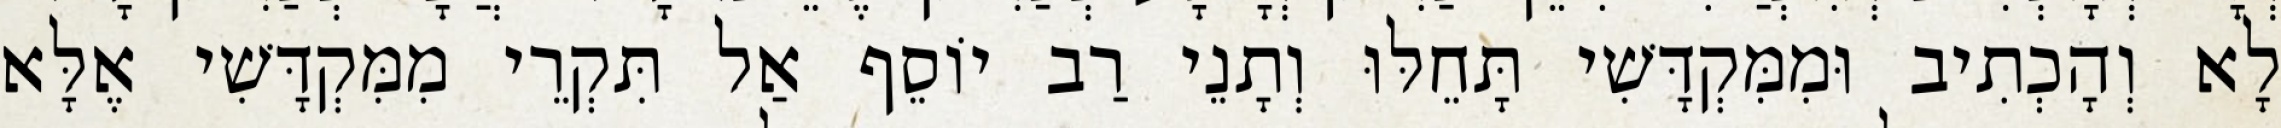
לָא וְהָכְתִיב וּמִמִּקְדָּשִׁי תָּחֵלּוּ וְתָנֵי רַב יוֹסֵף אַל תִּקְרֵי מִמִּקְדָּשִׁי אֶלָּא